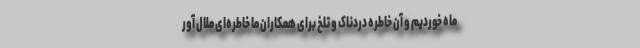
ماه خوردیم و آن خاطره دردناک و تلخ برای همکاران ما خاطره‌ای ملال آور